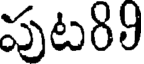
పుట89